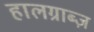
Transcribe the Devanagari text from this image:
हालग्राब्ज़